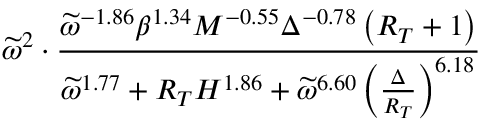
\widetilde \omega ^ { 2 } \cdot \frac { \widetilde { \omega } ^ { - 1 . 8 6 } \beta ^ { 1 . 3 4 } M ^ { - 0 . 5 5 } \Delta ^ { - 0 . 7 8 } \left( R _ { T } + 1 \right) } { \widetilde { \omega } ^ { 1 . 7 7 } + R _ { T } H ^ { 1 . 8 6 } + \widetilde { \omega } ^ { 6 . 6 0 } \left( \frac { \Delta } { R _ { T } } \right) ^ { 6 . 1 8 } }